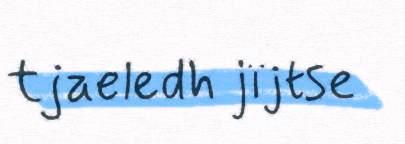
tjaeledh jïjtse